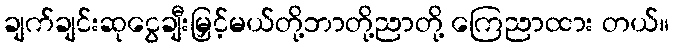
ချက်ချင်းဆုငွေချီးမြှင့်မယ်တို့ဘာတို့ညာတို့ ကြေညာထား တယ်။